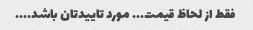
فقط از لحاظ قیمت... مورد تاییدتان باشد....